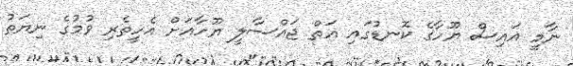
ނާމީ އައިސް ޔޫހާގެ ކޮނޑުގައި އަތް ޖައްސާލީ ޔޫހާއަށް އެހީތެރި ވުމުގެ ނިޔަތު